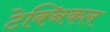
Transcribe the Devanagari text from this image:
टेक्‍निकल